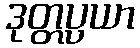
ဒုတ္တပ္ပယာ